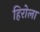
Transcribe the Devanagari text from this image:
हिरोला